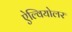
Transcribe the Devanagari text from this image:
ऐल्वियोलर